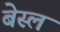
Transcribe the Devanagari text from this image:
बेस्ल